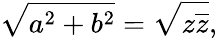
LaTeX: {\sqrt{a^{2}+b^{2}}}={\sqrt{z{\overline{{z}}}}},